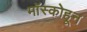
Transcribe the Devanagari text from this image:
मॉस्कोहून